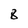
Character: 8